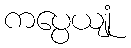
ကပ္ပေယျုံ